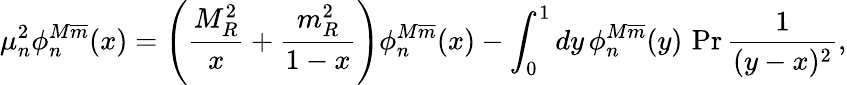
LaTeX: \mu_{n}^{2}\phi_{n}^{M\overline{{{m}}}}(x)=\left(\frac{M_{R}^{2}}{x}+\frac{m_{R}^{2}}{1-x}\right)\phi_{n}^{M\overline{{{m}}}}(x)-\int_{0}^{1}dy\, \phi_{n}^{M\overline{{{m}}}}(y)\, \operatorname*{Pr}\frac{1}{(y-x)^{2}},